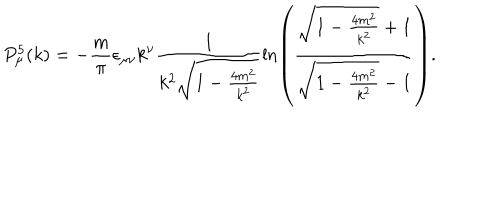
P _ { \mu } ^ { 5 } ( k ) = - \frac { m } { \pi } \epsilon _ { \mu \nu } k ^ { \nu } \frac { 1 } { k ^ { 2 } \sqrt { 1 - \frac { 4 m ^ { 2 } } { k ^ { 2 } } } } \ln \left( \frac { \sqrt { 1 - \frac { 4 m ^ { 2 } } { k ^ { 2 } } } + 1 } { \sqrt { 1 - \frac { 4 m ^ { 2 } } { k ^ { 2 } } } - 1 } \right) .